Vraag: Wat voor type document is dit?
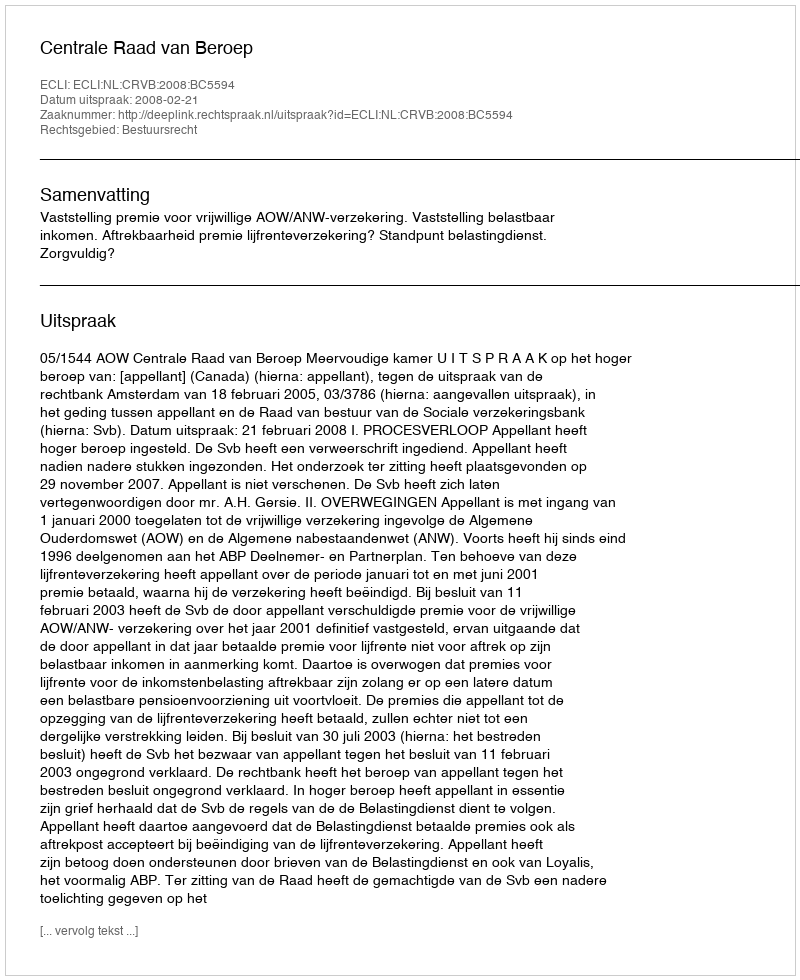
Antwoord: Uitspraak